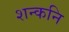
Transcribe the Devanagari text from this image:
शन्कनि